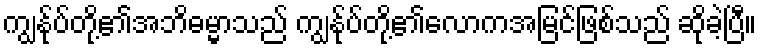
ကျွနု်ပ်တို့၏အဘိဓမ္မာသည် ကျွနု်ပ်တို့၏လောကအမြင်ဖြစ်သည် ဆိုခဲ့ပြီ။